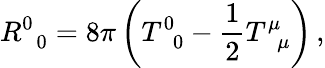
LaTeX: R_{\, \, \, 0}^{0}=8\pi\left(T_{\, \, \, 0}^{0}-\frac{1}{2}T_{\, \, \, \mu}^{\mu}\right)\, ,